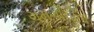
ગમગીનીનો